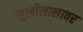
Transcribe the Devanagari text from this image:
सुखीलालावर